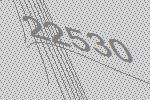
22530